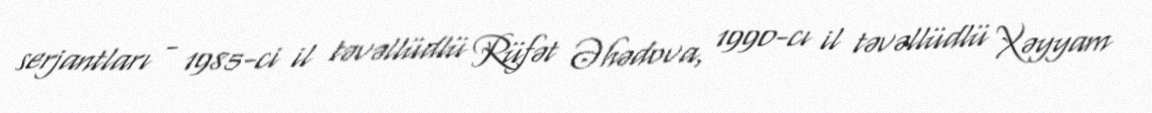
serjantları - 1985-ci il təvəllüdlü Rüfət Əhədova, 1990-cı il təvəllüdlü Xəyyam